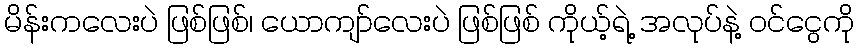
မိန်းကလေးပဲ ဖြစ်ဖြစ်၊ ယောကျာ်လေးပဲ ဖြစ်ဖြစ် ကိုယ့်ရဲ့ အလုပ်နဲ့ ဝင်ငွေကို